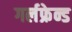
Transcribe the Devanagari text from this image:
गर्लफ्रेन्ड